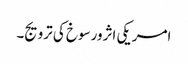
امریکی اثرورسوخ کی ترویج۔